Civil Veterinary Department Bihar & Orissa reports 1929-36 - 1929-1936
Year: 1929
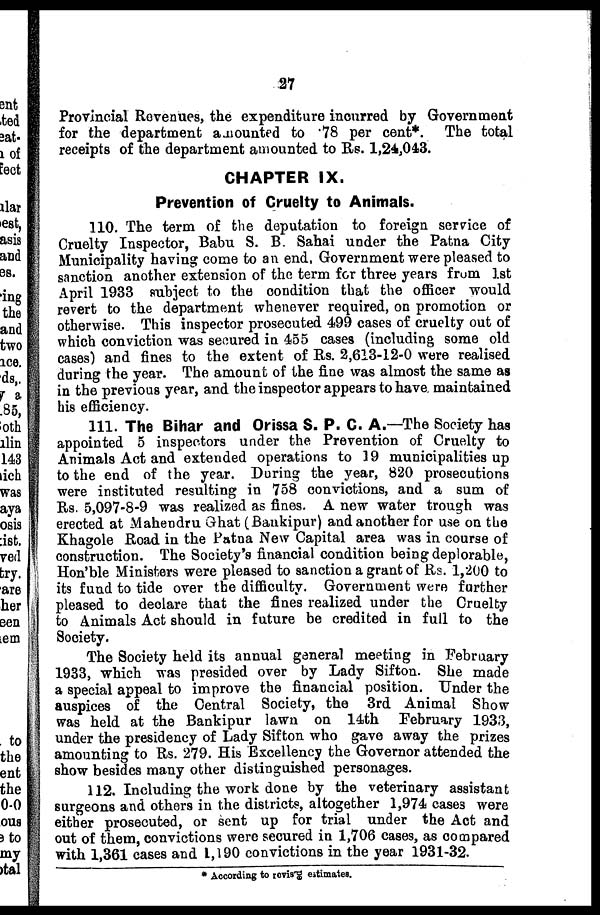
27
Provincial Revenues, the expenditure incurred by Government
for the department amounted to 78 per cent*. The total
receipts of the department amounted to Rs. 1,24,043.
CHAPTER IX.
Prevention of Cruelty to Animals.
110. The term of the deputation to foreign service of
Cruelty Inspector, Babu S. B. Sahai under the Patna City
Municipality having come to an end, Government were pleased to
sanction another extension of the term for three years from 1st
April 1933 subject to the condition that the officer would
revert to the department whenever required, on promotion or
otherwise. This inspector prosecuted 499 cases of cruelty out of
which conviction was secured in 455 cases (including some old
cases) and fines to the extent of Rs. 2,613-12-0 were realised
during the year. The amount of the fine was almost the same as
in the previous year, and the inspector appears to have maintained
his efficiency.
111. The Bihar and Orissa S. P. C. A.—The Society has
appointed 5 inspectors under the Prevention of Cruelty to
Animals Act and extended operations to 19 municipalities up
to the end of the year. During the year, 820 prosecutions
were instituted resulting in 758 convictions, and a sum of
Rs. 5,097-8-9 was realized as fines. A new water trough was
erected at Mahendru Ghat (Bankipur) and another for use on the
Khagole Road in the Patna New Capital area was in course of
construction. The Society's financial condition being deplorable,
Hon'ble Ministers were pleased to sanction a grant of Rs. 1,200 to
its fund to tide over the difficulty. Government were further
pleased to declare that the fines realized under the Cruelty
to Animals Act should in future be credited in full to the
Society.
The Society held its annual general meeting in February
1933, which was presided over by Lady Sifton. She made
a special appeal to improve the financial position. Under the
auspices of the Central Society, the 3rd Animal Show
was held at the Bankipur lawn on 14th February 1933,
under the presidency of Lady Sifton who gave away the prizes
amounting to Rs. 279. His Excellency the Governor attended the
show besides many other distinguished personages.
112. Including the work done by the veterinary assistant
surgeons and others in the districts, altogether 1,974 cases were
either prosecuted, or sent up for trial under the Act and
out of them, convictions were secured in 1,706 cases, as compared
with 1,361 cases and 1,190 convictions in the year 1931-32.
* According to revised estimates.